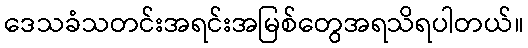
ဒေသခံသတင်းအရင်းအမြစ်တွေအရသိရပါတယ်။